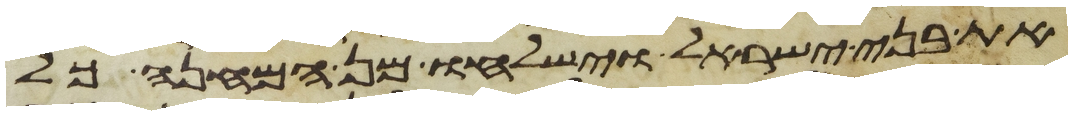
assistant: את בני ישראל וישלחו מן המחנה כל